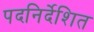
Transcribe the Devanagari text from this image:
पदनिर्देशित